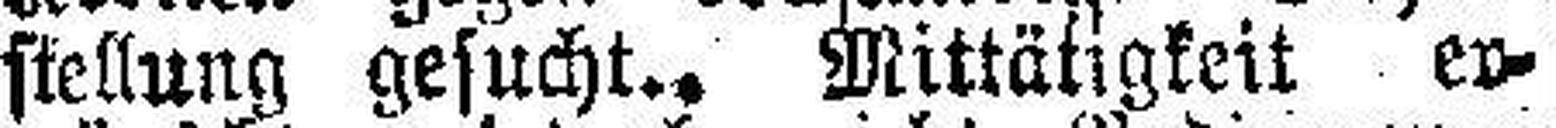
stellung gesucht.. Mittätigkeit er¬